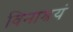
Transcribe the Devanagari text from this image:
विनाश्रयं